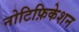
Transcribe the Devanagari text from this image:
नोटिफ़िकेशन